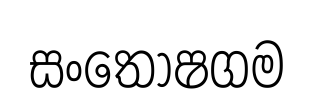
සංතෝෂගම